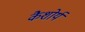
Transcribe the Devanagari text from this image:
कैशोर्य